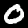
Label: 0